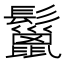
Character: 鬣